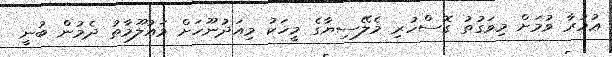
ޢުމުރާ ވުމަށް މިވަގުތު ގޮސްހުރި މެލޭސިޔާގެ މީހަކު މިއަދުނޫހަށް މައުލޫމާތު ދެމުން ބުނީ